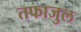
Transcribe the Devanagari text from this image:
तफाजुल